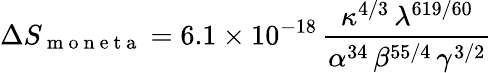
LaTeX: \Delta S_{\mathrm{~m~o~n~e~t~a~}}=6.1\times 10^{-18}\, \frac{\kappa^{4/3}\, \lambda^{619/60}}{\alpha^{34}\, \beta^{55/4}\, \gamma^{3/2}}